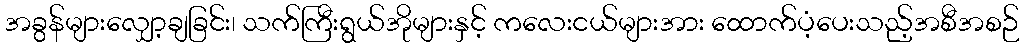
အခွန်များလျှော့ချခြင်း၊ သက်ကြီးရွယ်အိုများနှင့် ကလေးငယ်များအား ထောက်ပံ့ပေးသည့်အစီအစဉ်